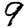
Digit: 9